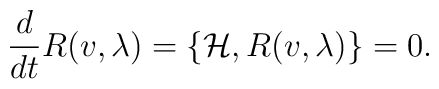
{\frac{d}{dt}}R(v,\lambda )=\{\mathcal{H},R(v,\lambda )\}=0.